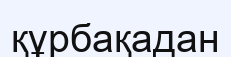
құрбақадан